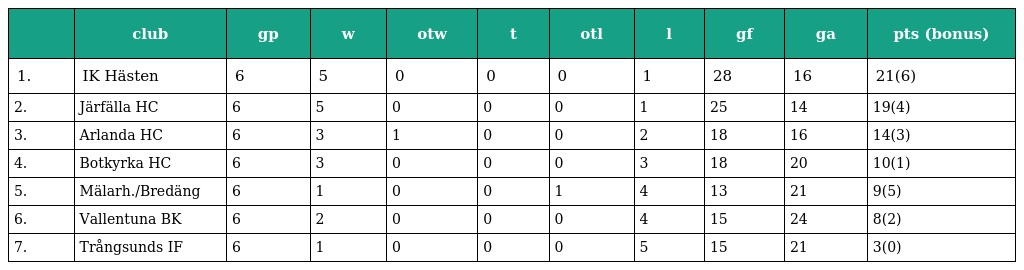
|  | club | gp | w | otw | t | otl | l | gf | ga | pts (bonus) |
 | --- | --- | --- | --- | --- | --- | --- | --- | --- | --- | --- |
 | 1. | IK Hästen | 6 | 5 | 0 | 0 | 0 | 1 | 28 | 16 | 21(6) |
 | 2. | Järfälla HC | 6 | 5 | 0 | 0 | 0 | 1 | 25 | 14 | 19(4) |
 | 3. | Arlanda HC | 6 | 3 | 1 | 0 | 0 | 2 | 18 | 16 | 14(3) |
 | 4. | Botkyrka HC | 6 | 3 | 0 | 0 | 0 | 3 | 18 | 20 | 10(1) |
 | 5. | Mälarh./Bredäng | 6 | 1 | 0 | 0 | 1 | 4 | 13 | 21 | 9(5) |
 | 6. | Vallentuna BK | 6 | 2 | 0 | 0 | 0 | 4 | 15 | 24 | 8(2) |
 | 7. | Trångsunds IF | 6 | 1 | 0 | 0 | 0 | 5 | 15 | 21 | 3(0) |